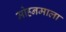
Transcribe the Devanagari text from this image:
मोहनमाला